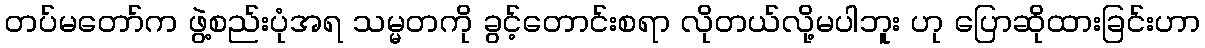
တပ်မတော်က ဖွဲ့စည်းပုံအရ သမ္မတကို ခွင့်တောင်းစရာ လိုတယ်လို့မပါဘူး ဟု ပြောဆိုထားခြင်းဟာ